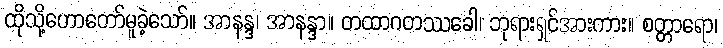
ထိုသို့ဟောတော်မူခဲ့သော်။ အာနန္ဒ၊ အာနန္ဒာ။ တထာဂတဿခေါ၊ ဘုရားရှင်အားကား။ စတ္တာရော၊